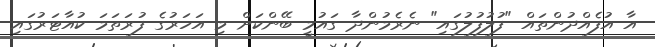
އާ އުފެއްދުންތައް "ފުލުފުލުގައި" ނެރެމުންދާ ގައުމީ ބޭންކަށް މި އަހަރުގެ ފުރަތަމަ ކުއާޓަރުގައި